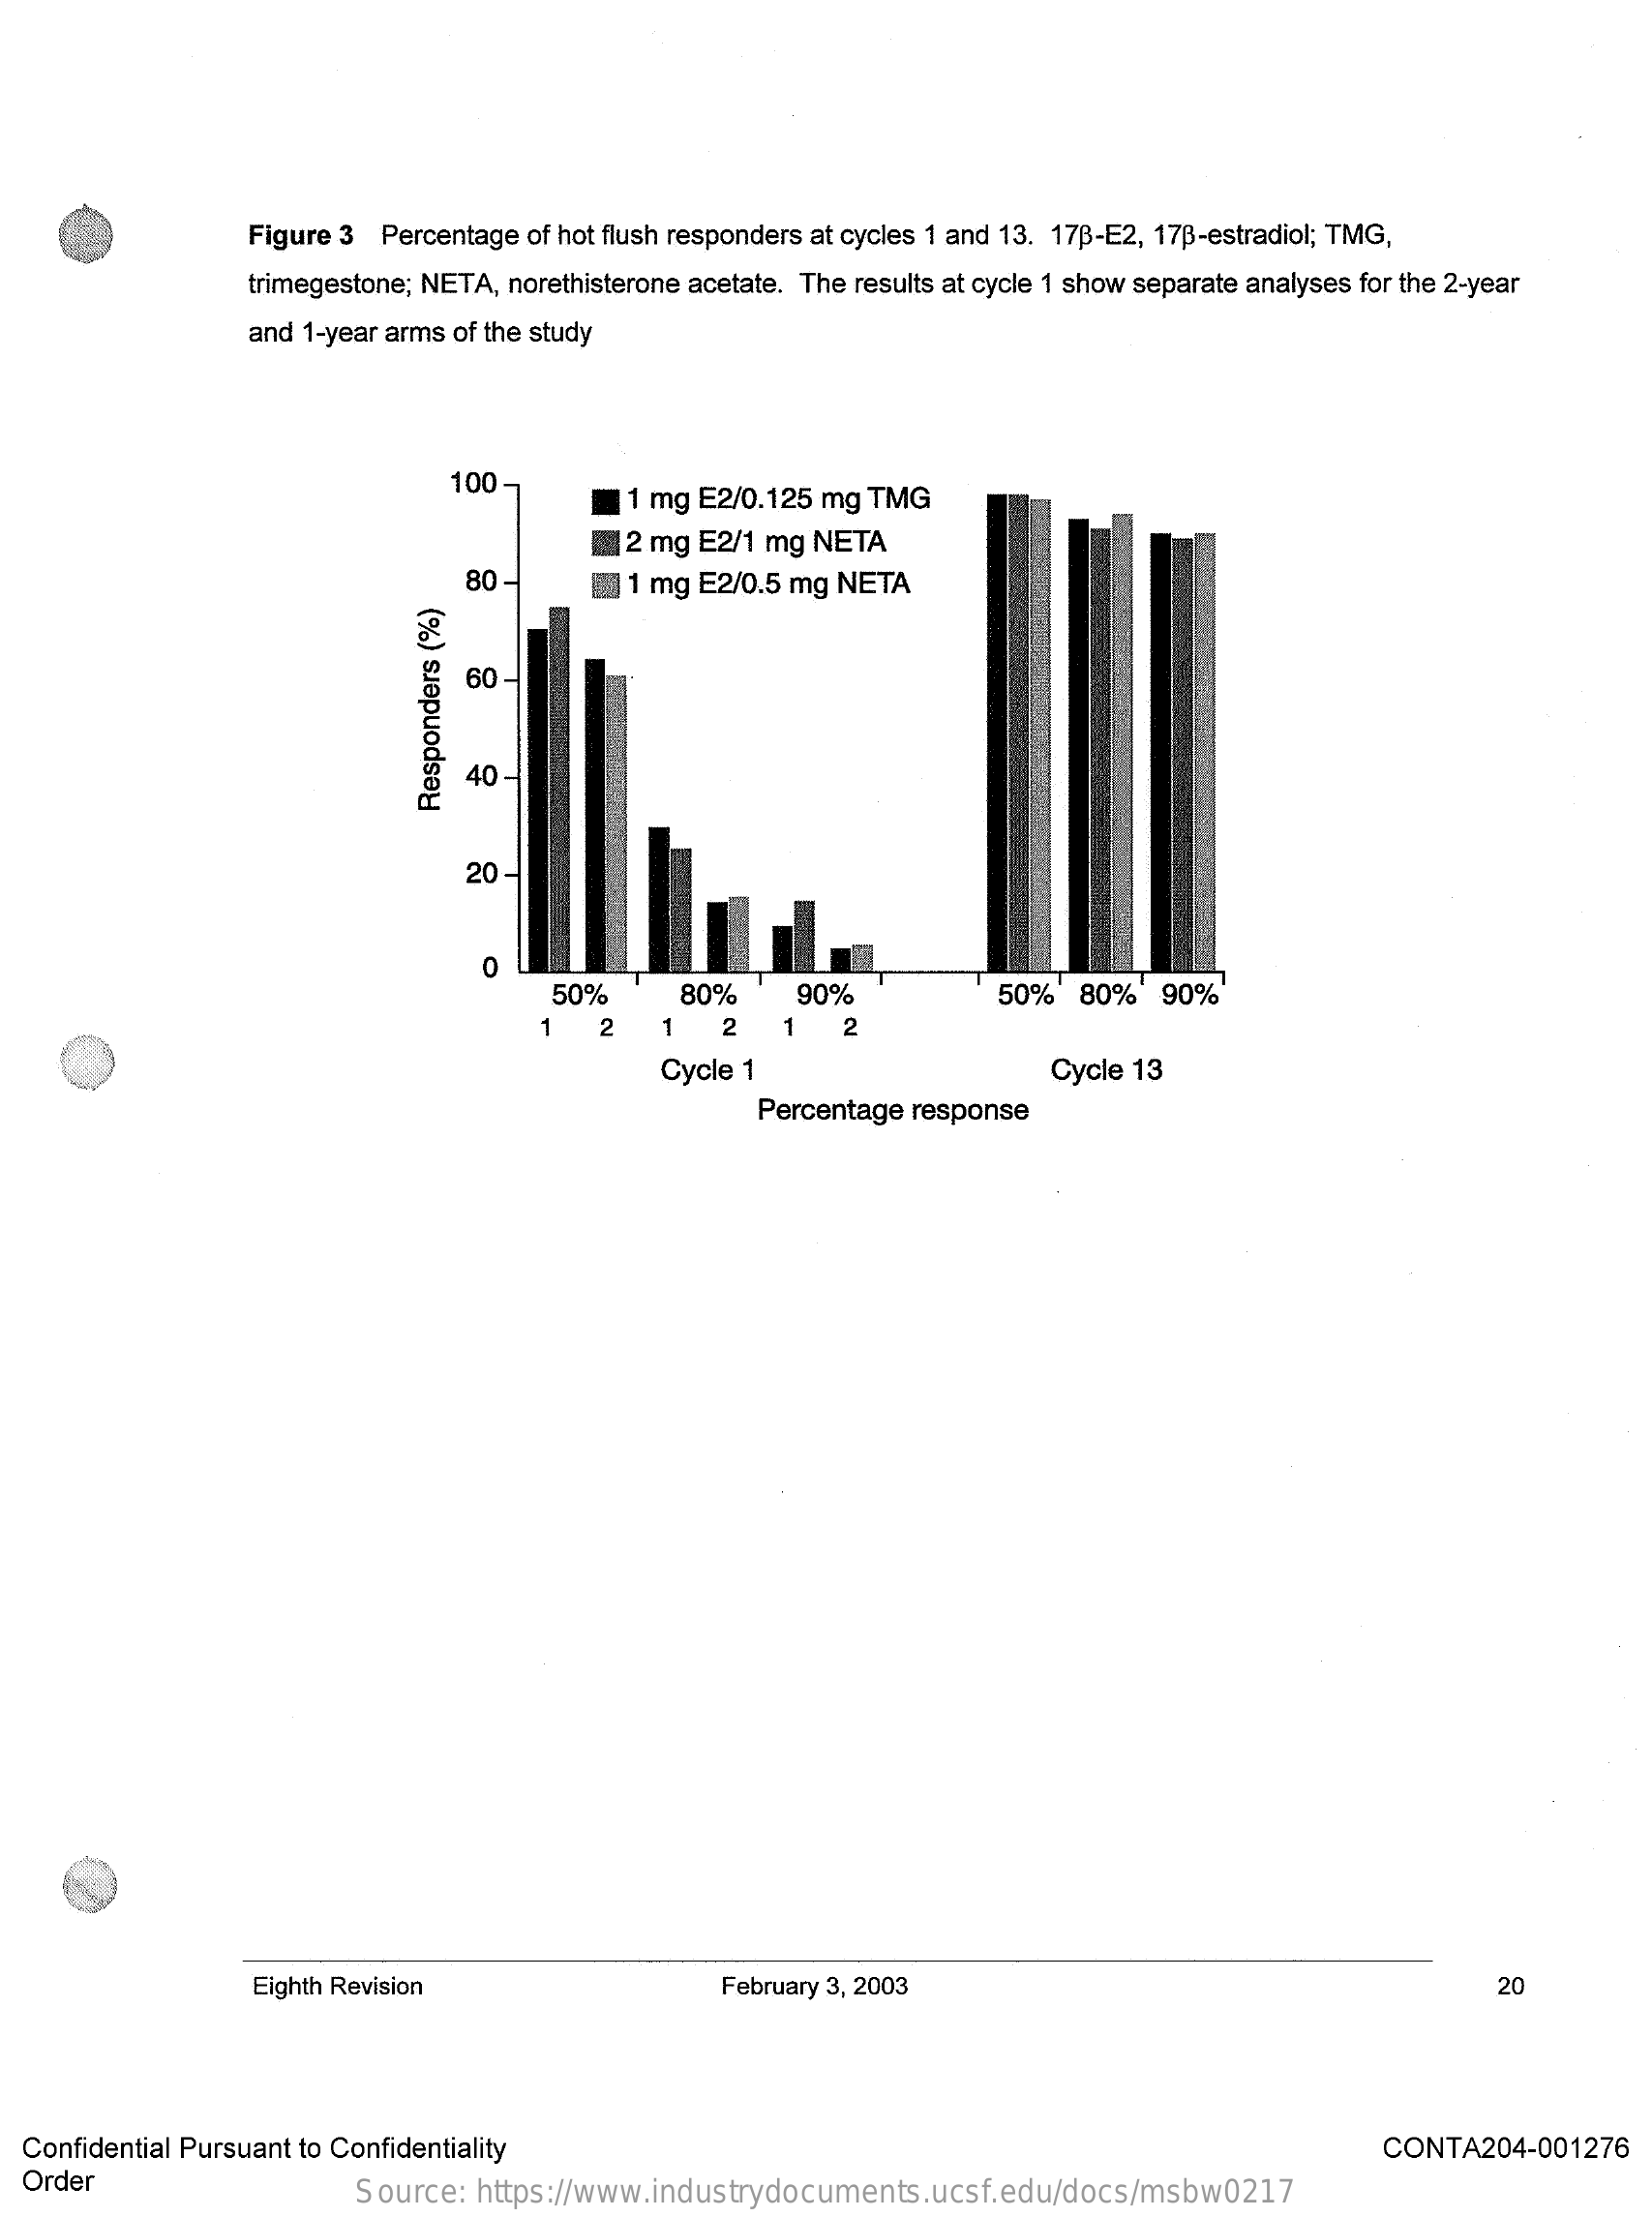
Figure 3 Percentage of hot flush responders at cycles 1 and 13. 178-E2, 178-estradiol; TMG,
     trimegestone; NETA, norethisterone acetate. The results at cycle 1 show separate analyses for the 2-year
     and 1-year arms of the study
     100
     1 mg E2/0.125 mg TMG
     2 mg E2/1 mg NETA
     80    ₪ 1 mg E2/0.5 mg NETA
     60
     40
     Responders
     (%)
     20
     0
     50%    80%    90%    50%   80%   90%
     1    2   1   2   1    2
     Cycle 1    Cycle 13
     Percentage response
     Eighth Revision    February 3, 2003    20
  Confidential Pursuant to Confidentiality    CONTA204-001276
  Order
     Source: https://www.industrydocuments.ucsf.edu/docs/msbw0217